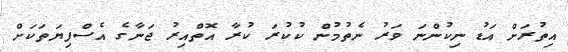
އިތުރަށް އަޑު ނިކުންނަ ވަރު ނެތުމުން ކުކުރަ ކުރާ އޮތްއިރު ޖަނާގެ އެސްފިޔަތަކަށް